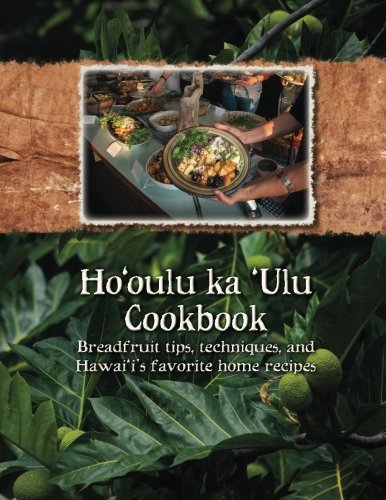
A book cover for Ho'oulu ka 'Ulu Cookbook: Breadfruit tips, techniques, and Hawai'i's favorite home recipes; Diane Ragone; Cookbooks, Food & Wine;